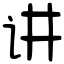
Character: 讲